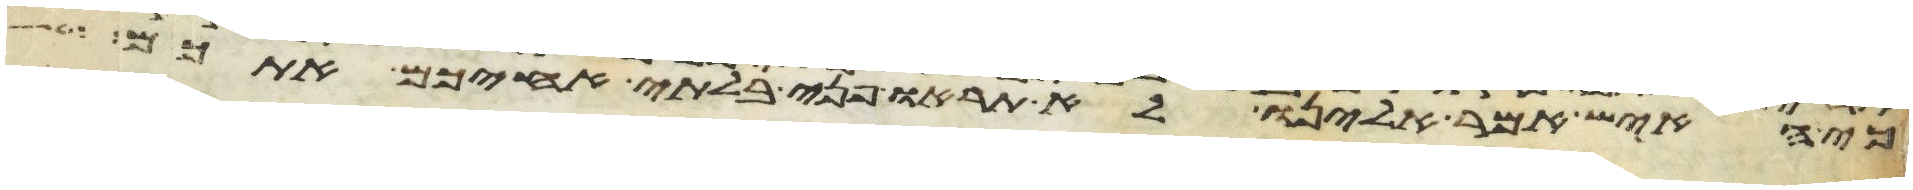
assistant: כי האיש אמר אלינו לא תראו פני בלתי אחיכם אתכם